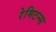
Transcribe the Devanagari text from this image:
रेमिटन्स